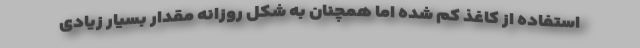
استفاده از کاغذ کم شده اما همچنان به شکل روزانه مقدار بسیار زیادی